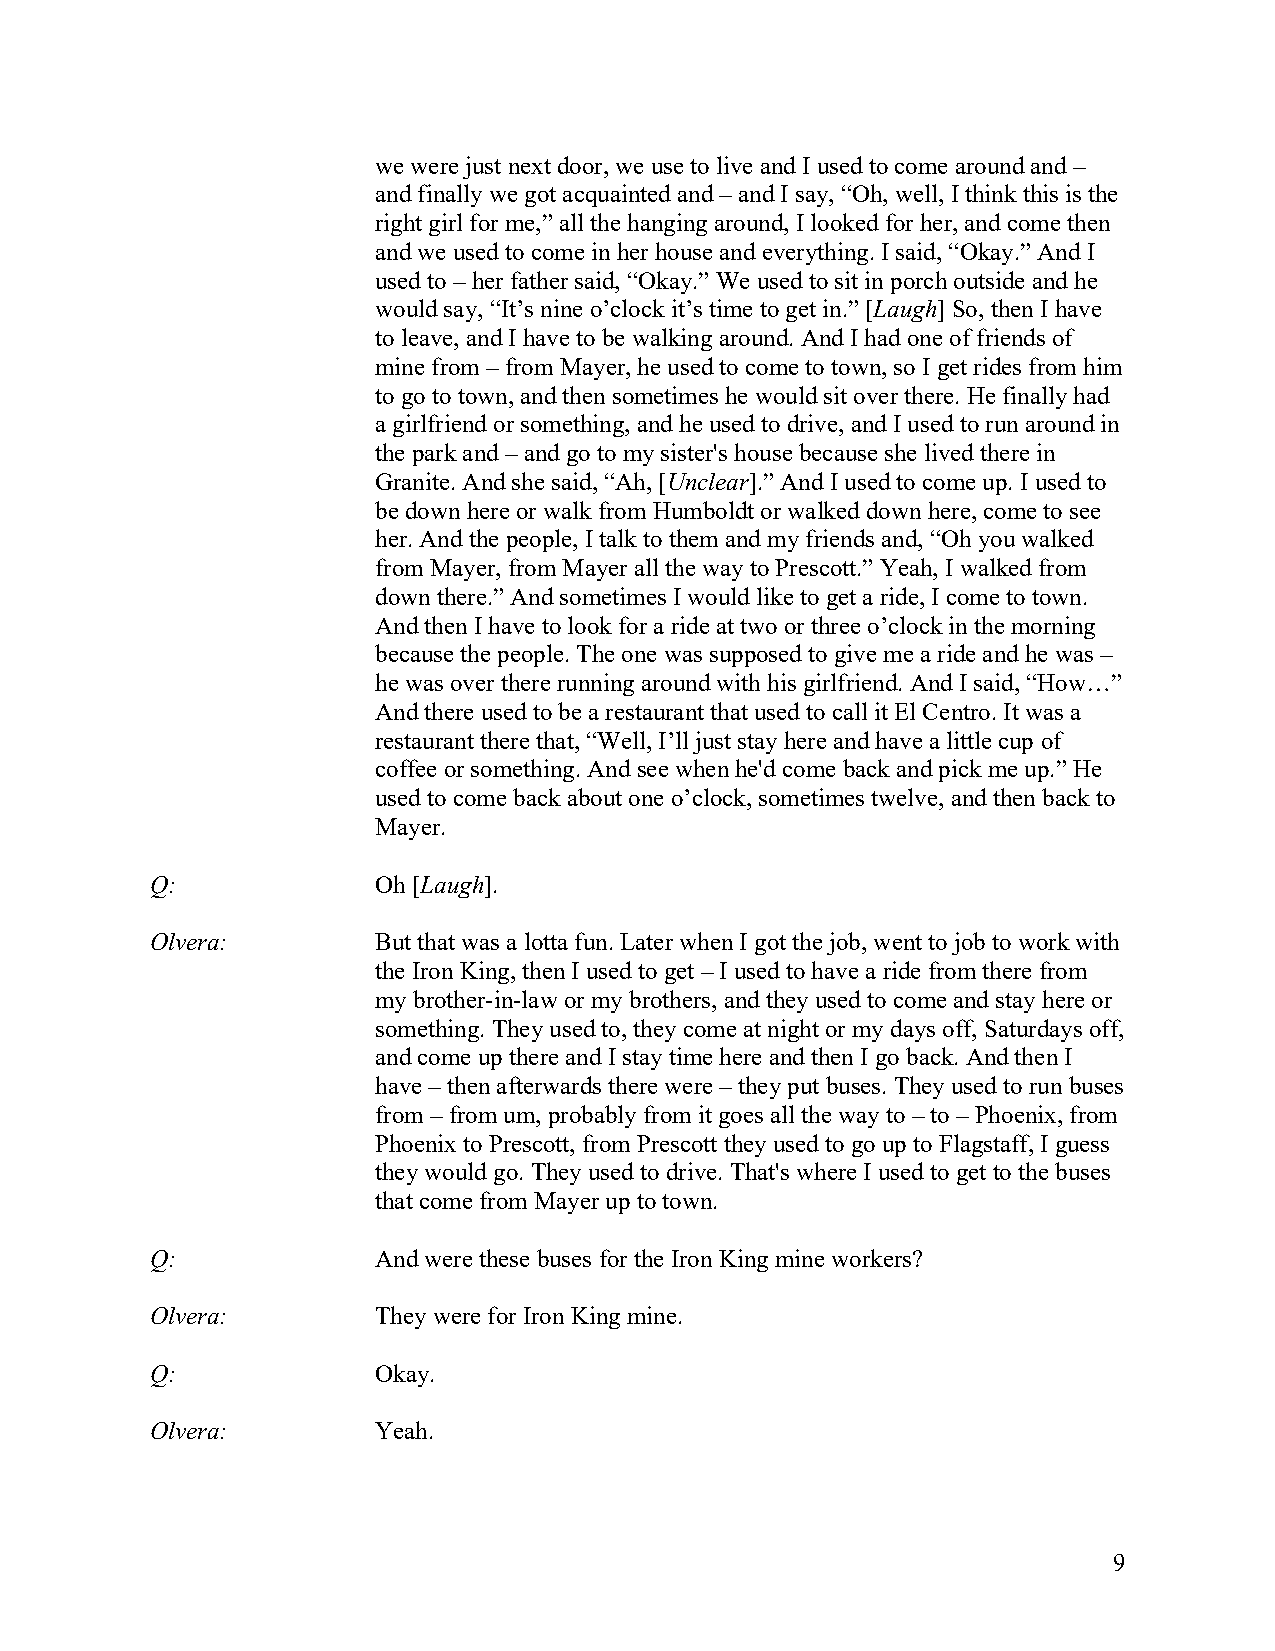
we were just next door, we use to live and I used to come around and –
 and finally we got acquainted and – and I say, “Oh, well, I think this is the
 right girl for me,” all the hanging around, I looked for her, and come then
 and we used to come in her house and everything. I said, “Okay.” And I
 used to – her father said, “Okay.” We used to sit in porch outside and he
 would say, “It’s nine o’clock it’s time to get in.” [Laugh] So, then I have
 to leave, and I have to be walking around. And I had one of friends of
 mine from – from Mayer, he used to come to town, so I get rides from him
 to go to town, and then sometimes he would sit over there. He finally had
 a girlfriend or something, and he used to drive, and I used to run around in
 the park and – and go to my sister's house because she lived there in
 Granite. And she said, “Ah, [Unclear].” And I used to come up. I used to
 be down here or walk from Humboldt or walked down here, come to see
 her. And the people, I talk to them and my friends and, “Oh you walked
 from Mayer, from Mayer all the way to Prescott.” Yeah, I walked from
 down there.” And sometimes I would like to get a ride, I come to town.
 And then I have to look for a ride at two or three o’clock in the morning
 because the people. The one was supposed to give me a ride and he was –
 he was over there running around with his girlfriend. And I said, “How…”
 And there used to be a restaurant that used to call it El Centro. It was a
 restaurant there that, “Well, I’ll just stay here and have a little cup of
 coffee or something. And see when he'd come back and pick me up.” He
 used to come back about one o’clock, sometimes twelve, and then back to
 Mayer.
 Q:             Oh [Laugh].
 Olvera:        But that was a lotta fun. Later when I got the job, went to job to work with
 the Iron King, then I used to get – I used to have a ride from there from
 my brother-in-law or my brothers, and they used to come and stay here or
 something. They used to, they come at night or my days off, Saturdays off,
 and come up there and I stay time here and then I go back. And then I
 have – then afterwards there were – they put buses. They used to run buses
 from – from um, probably from it goes all the way to – to – Phoenix, from
 Phoenix to Prescott, from Prescott they used to go up to Flagstaff, I guess
 they would go. They used to drive. That's where I used to get to the buses
 that come from Mayer up to town.
 Q:             And were these buses for the Iron King mine workers?
 Olvera:        They were for Iron King mine.
 Q:             Okay.
 Olvera:        Yeah.
 9